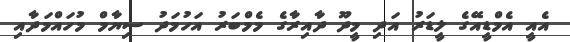
އެއީ އެމްޑީއޭގެ ލީޑަރު އަދި މީދޫ ދާއިރާގެ މެމްބަރު އަހުމަދު ސިޔާމް މުހައްމަދާއި